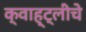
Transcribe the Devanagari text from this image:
क्वाह्ट्लीचे